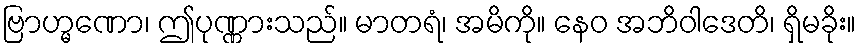
ဗြာဟ္မဏော၊ ဤပုဏ္ဏားသည်။ မာတရံ၊ အမိကို။ နေဝ အဘိဝါဒေတိ၊ ရှိမခိုး။